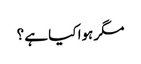
مگر ہوا کیا ہے ؟